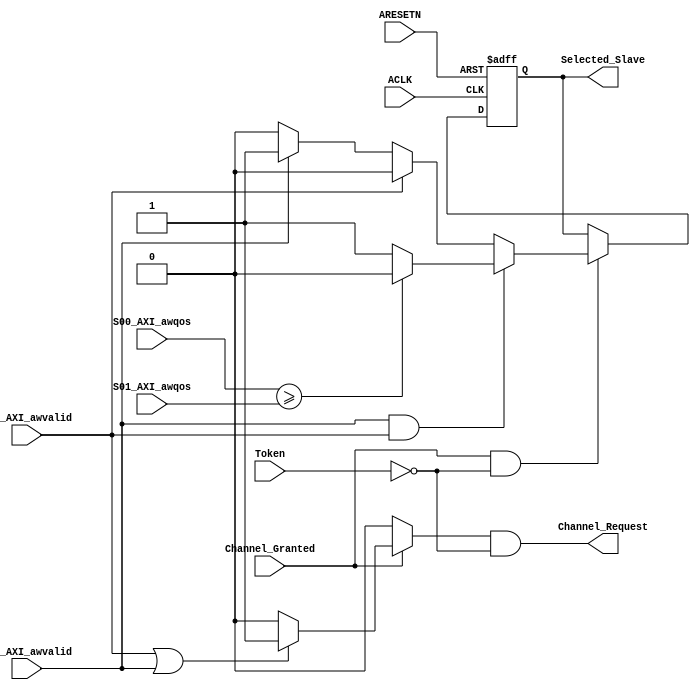
module Qos_Arbiter #(
    parameter Slaves_Num='d2, Slaves_ID_Size=$clog2(Slaves_Num)
) (
    input  wire                      ACLK           ,
    input  wire                      ARESETN        ,
    input  wire                      S00_AXI_awvalid,
    input  wire  [3:0]               S00_AXI_awqos  , // for priority transactions
    input  wire                      S01_AXI_awvalid,
    input  wire  [3:0]               S01_AXI_awqos  , // for priority transactions
    input  wire                      Channel_Granted,
    input  wire                      Token          ,
    output wire                      Channel_Request,
    output reg  [Slaves_ID_Size-1:0] Selected_Slave
);
reg [Slaves_ID_Size-1:0] Slave;
reg Request;
always @(*) begin
    if (S01_AXI_awvalid && S00_AXI_awvalid) begin
        if (S00_AXI_awqos >= S01_AXI_awqos) begin
            Slave='b0;
        end else begin
            Slave='b1;
        end

    end else if (S00_AXI_awvalid) begin
        Slave='b0;
    end else if (S01_AXI_awvalid) begin
        Slave='b1;
    end else begin
        Slave='b0;
    end
end

    always @(*) begin
        if (!Channel_Granted) begin
            Request='b0;
        end else if ((S00_AXI_awvalid || S01_AXI_awvalid) ) begin
            Request='b1;
       end else begin
            Request='b0;
       end
    end
    assign Channel_Request = Request & (~ Token);
    
    always @(posedge ACLK or negedge ARESETN ) begin
        if (!ARESETN) begin
            Selected_Slave<='b0;
        end else if(Channel_Granted & (~ Token)) begin
            Selected_Slave<=Slave;
        end
    end
endmodule